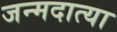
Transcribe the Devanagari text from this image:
जन्मदात्या